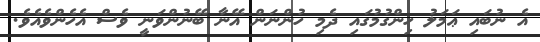
އެ ނުބައި ޢަމަލު ހިންގުމުގައި ދެމި ހުންނަން އޭނާ ބޭނުންވަނީ ވެސް އެހެންވެއެވެ.